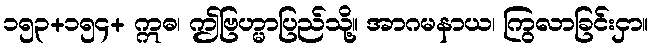
၁၅၃+၁၅၄+ ဣဓ၊ ဤဗြဟ္မာပြည်သို့။ အာဂမနာယ၊ ကြွလာခြင်းငှာ။